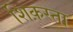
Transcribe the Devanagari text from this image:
शिक़स्ता